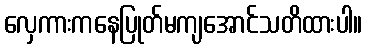
လှေကားကနေပြုတ်မကျအောင်သတိထားပါ။